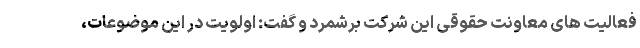
فعالیت های معاونت حقوقی این شرکت برشمرد و گفت: اولویت در این موضوعات،